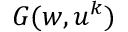
G ( w , u ^ { k } )